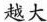
越大